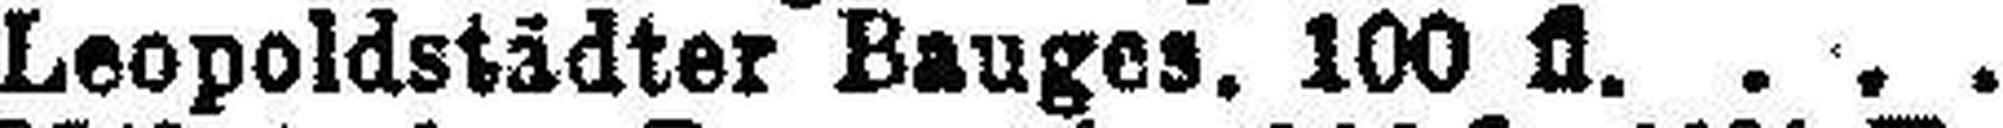
Leopoldstädter Bauges. 100 fl.